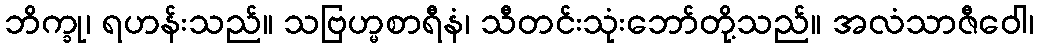
ဘိက္ခု၊ ရဟန်းသည်။ သဗြဟ္မစာရီနံ၊ သီတင်းသုံးဘော်တို့သည်။ အလံသာဇီဝေါ၊